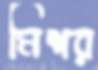
মিশর